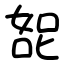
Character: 㖲